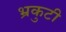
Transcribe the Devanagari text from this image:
भ्रकुटी